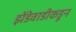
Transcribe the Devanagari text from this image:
झेंडेवाडीकडून